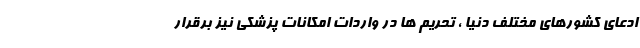
ادعای کشورهای مختلف دنیا ، تحریم ها در واردات امکانات پزشکی نیز برقرار